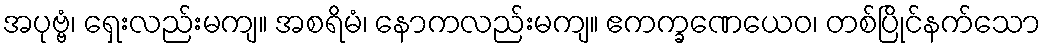
အပုဗ္ဗံ၊ ရှေးလည်းမကျ။ အစရိမံ၊ နောကလည်းမကျ။ ဧကက္ခဏေယေဝ၊ တစ်ပြိုင်နက်သော